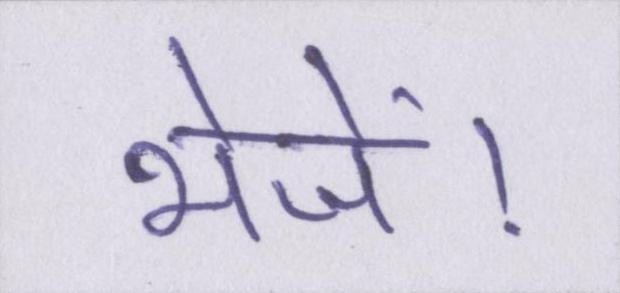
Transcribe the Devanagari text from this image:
भेजें।